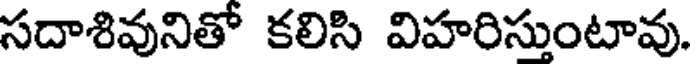
సదాశివునితో కలిసి విహరిస్తుంటావు.